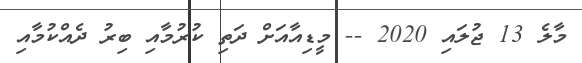
މާލެ 13 ޖުލައި 2020 -- މީޑިއާއަށް ދަތި ކުރުމާއި ބިރު ދެއްކުމާއި